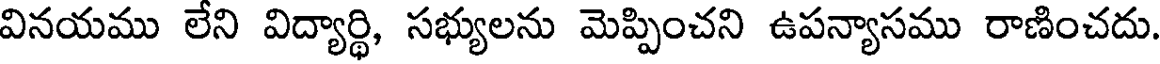
వినయము లేని విద్యార్థి, సభ్యులను మెప్పించని ఉపన్యాసము రాణించదు.